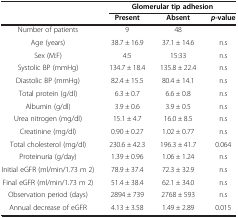
<table><thead><tr><td><b> </b></td><td colspan="3"><b>Glomerular tip adhesion</b></td></tr><tr><td><b> </b></td><td><b>Present</b></td><td><b>Absent</b></td><td><b><i>p</i>-value</b></td></tr></thead><tbody><tr><td>Number of patients</td><td>9</td><td>48</td><td> </td></tr><tr><td>Age (years)</td><td>38.7 ± 16.9</td><td>37.1 ± 14.6</td><td>n.s</td></tr><tr><td>Sex (M:F)</td><td>4:5</td><td>15:33</td><td>n.s</td></tr><tr><td>Systolic BP (mmHg)</td><td>134.7 ± 18.4</td><td>135.8 ± 22.4</td><td>n.s</td></tr><tr><td>Diastolic BP (mmHg)</td><td>82.4 ± 15.5</td><td>80.4 ± 14.1</td><td>n.s</td></tr><tr><td>Total protein (g/dl)</td><td>6.3 ± 0.7</td><td>6.6 ± 0.8</td><td>n.s</td></tr><tr><td>Albumin (g/dl)</td><td>3.9 ± 0.6</td><td>3.9 ± 0.5</td><td>n.s</td></tr><tr><td>Urea nitrogen (mg/dl)</td><td>15.1 ± 4.7</td><td>16.0 ± 8.5</td><td>n.s</td></tr><tr><td>Creatinine (mg/dl)</td><td>0.90 ± 0.27</td><td>1.02 ± 0.77</td><td>n.s</td></tr><tr><td>Total cholesterol (mg/dl)</td><td>230.6 ± 42.3</td><td>196.3 ± 41.7</td><td>0.064</td></tr><tr><td>Proteinuria (g/day)</td><td>1.39 ± 0.96</td><td>1.06 ± 1.24</td><td>n.s</td></tr><tr><td>Initial eGFR (ml/min/1.73 m 2)</td><td>78.9 ± 37.4</td><td>72.3 ± 32.9</td><td>n.s</td></tr><tr><td>Final eGFR (ml/min/1.73 m 2)</td><td>51.4 ± 38.4</td><td>62.1 ± 34.0</td><td>n.s</td></tr><tr><td>Observation period (days)</td><td>2894 ± 739</td><td>2768 ± 593</td><td>n.s</td></tr><tr><td>Annual decrease of eGFR</td><td>4.13 ± 3.58</td><td>1.49 ± 2.89</td><td>0.015</td></tr></tbody></table>